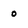
Character: 0